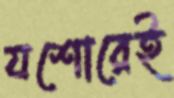
যশোরেই